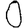
Digit: 0